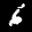
Label: 6